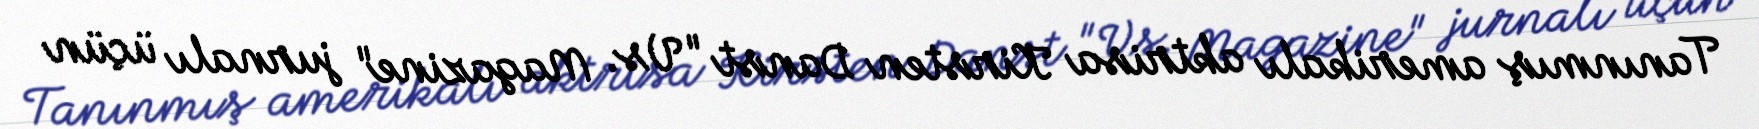
Tanınmış amerikalı aktrisa Kirsten Danst "Vs. Magazine" jurnalı üçün